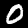
Label: 0